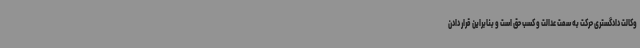
وکالت دادگستری حرکت به سمت عدالت و کسب حق است و بنابراین قرار دادن